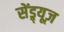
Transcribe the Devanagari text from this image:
सेंड्र्यूज़